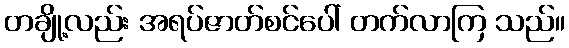
တချို့လည်း အရပ်ဇာတ်စင်ပေါ် တက်လာကြ သည်။